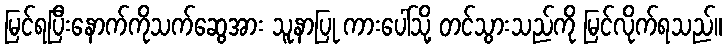
မြင်ရပြီးနောက်ကိုသက်ဆွေအား သူနာပြု ကားပေါ်သို့ တင်သွားသည်ကို မြင်လိုက်ရသည်။